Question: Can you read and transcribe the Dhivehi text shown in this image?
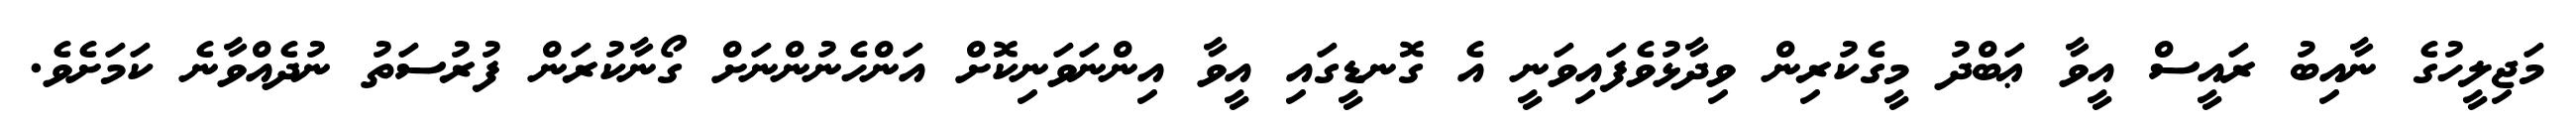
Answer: މަޖިލީހުގެ ނާއިބު ރައީސް އީވާ ޢަބްދު މީގެކުރިން ވިދާޅުވެފައިވަނީ އެ ގޮނޑީގައި އީވާ އިންނަވަނިކޮށް އަންހެނުންނަށް ގޯނާކުރަން ފުރުސަތު ނުދެއްވާނެ ކަމަށެވެ.